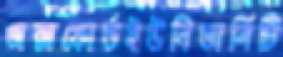
অক্সফোর্ডইউনিভার্সিটি